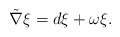
\begin{align*} \tilde{\nabla}\xi=d\xi+\omega\xi.\end{align*}